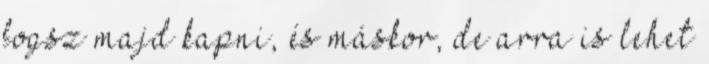
fogsz majd kapni, és máskor, de arra is lehet